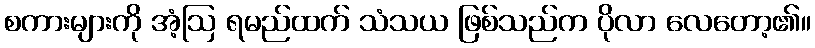
စကားများကို အံ့ဩ ရမည်ထက် သံသယ ဖြစ်သည်က ပိုလာ လေတော့၏။